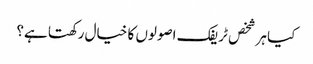
کیا ہر شخص ٹریفک اصولوں کا خیال رکھتا ہے؟